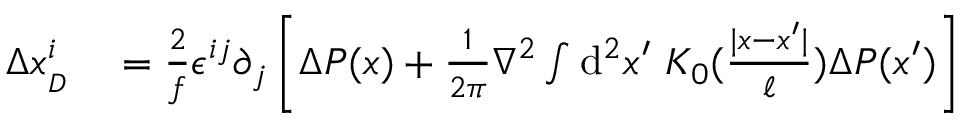
\begin{array} { r l } { \Delta x _ { _ { D } } ^ { i } } & { { } = \frac { 2 } { f } \epsilon ^ { i j } \partial _ { j } \left[ \Delta P ( x ) + \frac { 1 } { 2 \pi } \nabla ^ { 2 } \int \ensuremath { \operatorname { d } \! { } ^ { 2 } } x ^ { \prime } \ K _ { 0 } ( \frac { | x - x ^ { \prime } | } { \ell } ) \Delta P ( x ^ { \prime } ) \right] } \end{array}